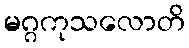
မဂ္ဂကုသလောတိ